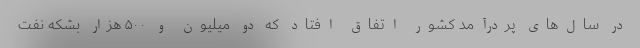
در سال‌های پردرآمد کشور اتفاق افتاد که دو میلیون و ۵۰۰ هزار بشکه نفت